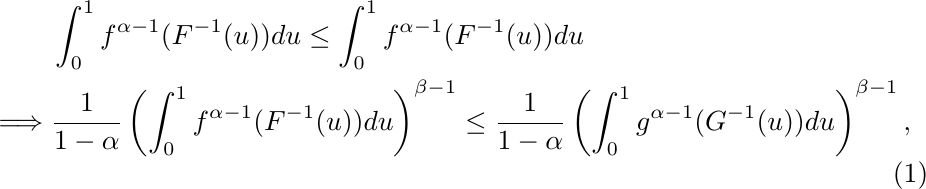
\begin{align}\label{eq2.19}
&\int_{0}^{1}f^{\alpha-1}(F^{-1}(u))du\leq\int_{0}^{1}f^{\alpha-1}(F^{-1}(u))du\nonumber\\
\implies&\frac{1}{1-\alpha}\left(\int_{0}^{1}f^{\alpha-1}(F^{-1}(u))du\right)^{\beta-1}\leq \frac{1}{1-\alpha}\left(\int_{0}^{1}g^{\alpha-1}(G^{-1}(u))du\right)^{\beta-1},
\end{align}